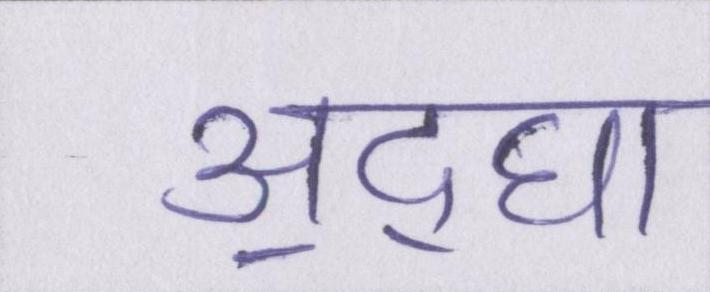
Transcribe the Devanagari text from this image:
अ॒द्घा